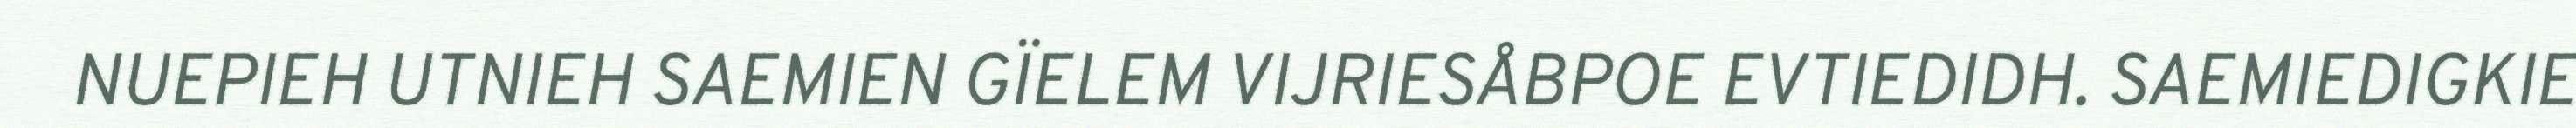
NUEPIEH UTNIEH SAEMIEN GÏELEM VIJRIESÅBPOE EVTIEDIDH. SAEMIEDIGKIE